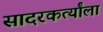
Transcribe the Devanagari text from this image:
सादरकर्त्यांला